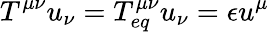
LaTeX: T^{\mu\nu}u_{\nu}=T_{eq}^{\mu\nu}u_{\nu}=\epsilon u^{\mu}